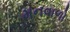
મનવાળો